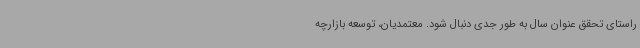
راستای تحقق عنوان سال به طور جدی دنبال شود. معتمدیان، توسعه بازارچه